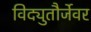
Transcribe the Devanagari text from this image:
विद्युतौर्जेवर